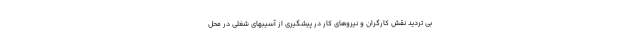
بی تردید نقش کارگران و نیروهای کار در پیشگیری از آسیبهای شغلی در محل